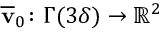
\overline { { \mathbf { v } } } _ { 0 } \colon \Gamma ( 3 \delta ) \to \ensuremath { \mathbb { R } } ^ { 2 }